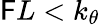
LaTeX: \mathsf{F}L<k_{\theta}